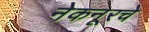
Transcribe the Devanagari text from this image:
नेकनूरचे